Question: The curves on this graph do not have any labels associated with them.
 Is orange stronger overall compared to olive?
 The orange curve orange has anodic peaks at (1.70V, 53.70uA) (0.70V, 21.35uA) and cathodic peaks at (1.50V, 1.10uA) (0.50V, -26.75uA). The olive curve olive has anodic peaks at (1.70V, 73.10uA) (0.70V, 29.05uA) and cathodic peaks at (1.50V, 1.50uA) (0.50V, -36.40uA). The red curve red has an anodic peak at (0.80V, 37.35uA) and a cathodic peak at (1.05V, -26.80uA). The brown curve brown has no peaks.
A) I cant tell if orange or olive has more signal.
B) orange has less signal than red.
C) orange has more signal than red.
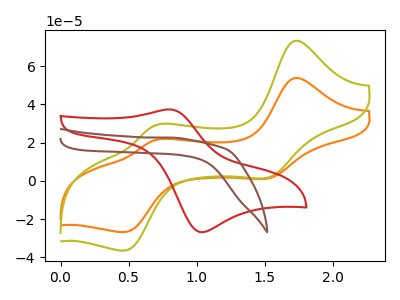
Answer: <think>All the peaks in "orange" have a peak in "olive" at the same potential.
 </think>
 <answer>A) I cant tell if "orange" or "olive" has more signal.</answer>
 <eval>A</eval>